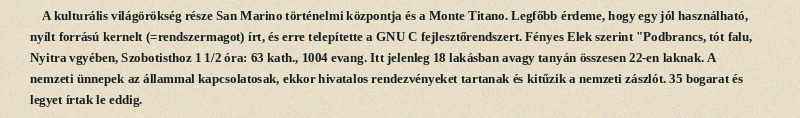
A kulturális világörökség része San Marino történelmi központja és a Monte Titano. Legfőbb érdeme, hogy egy jól használható, nyílt forrású kernelt (=rendszermagot) írt, és erre telepítette a GNU C fejlesztőrendszert. Fényes Elek szerint "Podbrancs, tót falu, Nyitra vgyében, Szobotisthoz 1 1/2 óra: 63 kath., 1004 evang. Itt jelenleg 18 lakásban avagy tanyán összesen 22-en laknak. A nemzeti ünnepek az állammal kapcsolatosak, ekkor hivatalos rendezvényeket tartanak és kitűzik a nemzeti zászlót. 35 bogarat és legyet írtak le eddig.